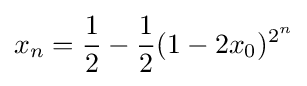
x_{n}={\frac {1}{2}}-{\frac {1}{2}}(1-2x_{0})^{2^{n}}